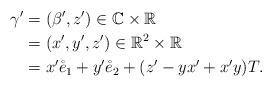
LaTeX: \begin{align*}\gamma'& = (\beta', z') \in \mathbb{C}\times \mathbb{R} \\&=(x',y',z') \in \mathbb{R}^2\times \mathbb{R}\\&=x'\mathring{e}_1 + y'\mathring{e}_2 +(z'-yx'+x'y)T.\end{align*}